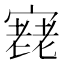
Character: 𡪰